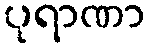
ပုရာဏာ